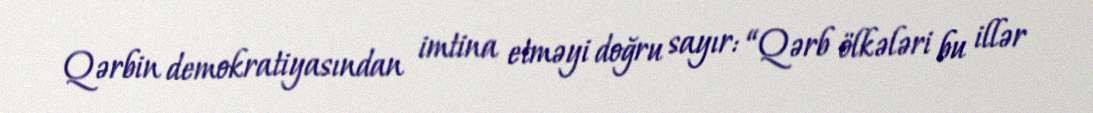
Qərbin demokratiyasından imtina etməyi doğru sayır: “Qərb ölkələri bu illər